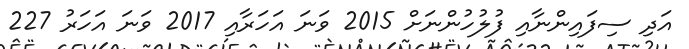
އަދި ސިފައިންނާއި ފުލުހުންނަށް 2015 ވަނަ އަހަރާއި 2017 ވަނަ އަހަރު 227